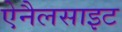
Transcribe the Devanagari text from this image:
ऐनैलसाइट